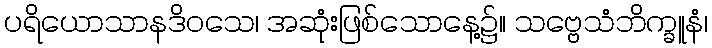
ပရိယောသာနဒိဝသေ၊ အဆုံးဖြစ်သောနေ့၌။ သဗ္ဗေသံဘိက္ခူနံ၊